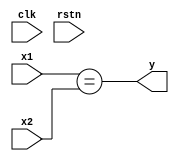
`default_nettype none
module feq (
    input wire [31:0] x1,
    input wire [31:0] x2,
    output wire y,
    input wire clk,
    input wire rstn);

assign y = (x1 == x2);

endmodule
`default_nettype wire